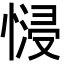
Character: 𢟖